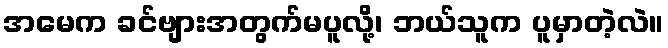
အမေက ခင်ဗျားအတွက်မပူလို့၊ ဘယ်သူက ပူမှာတဲ့လဲ။